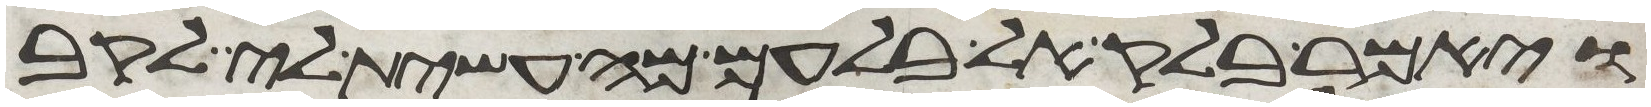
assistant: ויאמר בלק אל בלעם מה עשית לי לקב